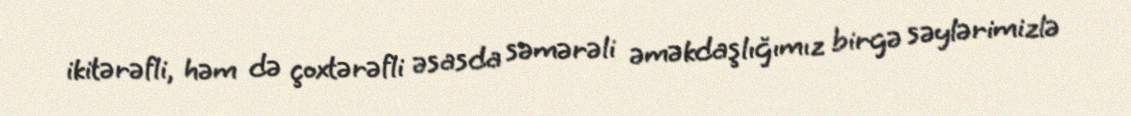
ikitərəfli, həm də çoxtərəfli əsasda səmərəli əməkdaşlığımız birgə səylərimizlə